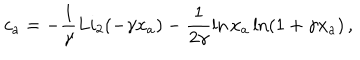
c _ { a } = - \frac { 1 } { \gamma } L i _ { 2 } ( - \gamma x _ { a } ) - \frac { 1 } { 2 \gamma } \ln x _ { a } \ln ( 1 + \gamma x _ { a } ) \, ,